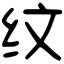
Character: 纹